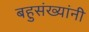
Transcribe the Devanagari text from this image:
बहुसंख्यांनी